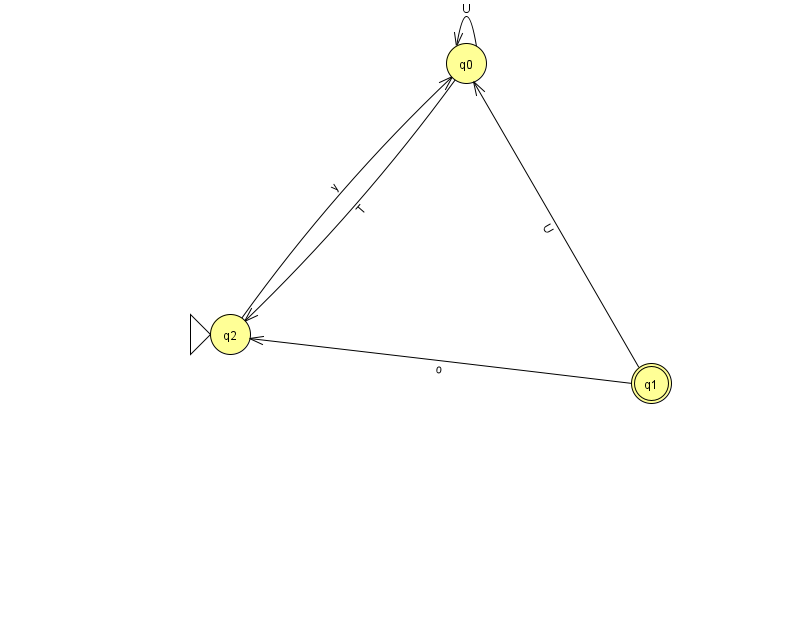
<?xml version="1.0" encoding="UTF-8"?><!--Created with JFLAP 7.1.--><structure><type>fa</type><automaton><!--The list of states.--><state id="0" name="q0"><x>466.0</x><y>50.0</y></state><state id="1" name="q1"><x>651.0</x><y>370.0</y><final/></state><state id="2" name="q2"><x>230.0</x><y>321.0</y><initial/></state><!--The list of transitions.--><transition><from>1</from><to>2</to><read>o</read></transition><transition><from>0</from><to>0</to><read>U</read></transition><transition><from>0</from><to>2</to><read>T</read></transition><transition><from>2</from><to>0</to><read>y</read></transition><transition><from>1</from><to>0</to><read>U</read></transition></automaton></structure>